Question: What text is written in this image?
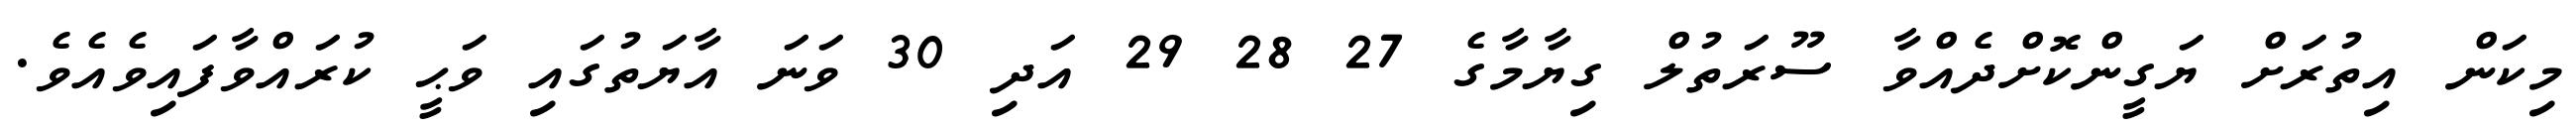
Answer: މިކަން އިތުރަށް ޔަގީންކޮށްދެއްވާ ސޫރަތުލް ގިޔާމާގެ 27 28 29 އަދި 30 ވަނަ އާޔަތުގައި ވަޙީ ކުރައްވާފައިވެއެވެ.